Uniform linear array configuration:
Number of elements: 64
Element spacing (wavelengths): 0.5
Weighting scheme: cosine
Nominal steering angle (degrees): -45
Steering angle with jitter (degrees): -46.049
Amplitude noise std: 0.05
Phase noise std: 0.05

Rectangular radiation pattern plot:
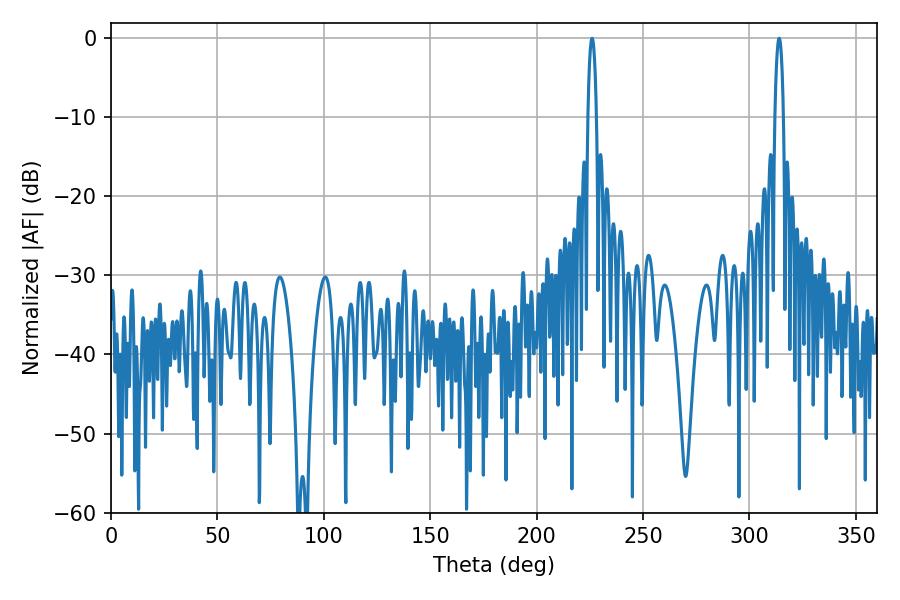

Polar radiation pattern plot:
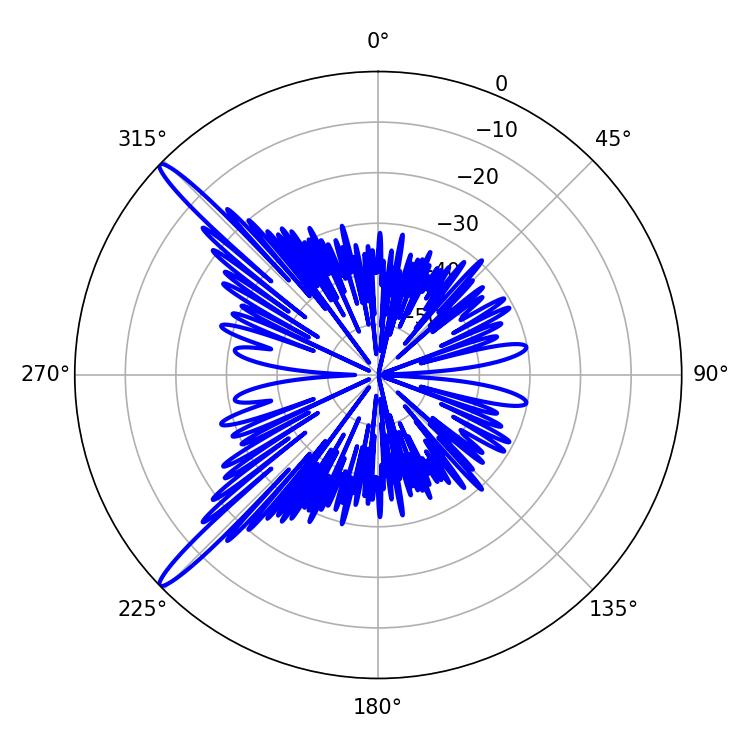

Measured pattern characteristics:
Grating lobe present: FALSE
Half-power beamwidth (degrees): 2.16
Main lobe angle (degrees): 226.08